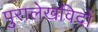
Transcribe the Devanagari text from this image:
पुरालेखविदों